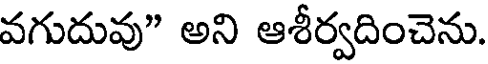
వగుదువు" అని ఆశీర్వదించెను.